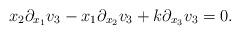
LaTeX: \begin{align*}x_2\partial_{x_1}v_3-x_1\partial_{x_2}v_3+k\partial_{x_3}v_3=0.\end{align*}